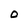
Character: O